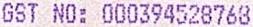
GST NO: 000394528768